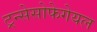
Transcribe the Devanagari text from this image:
ट्रन्सेसोफेगेयल